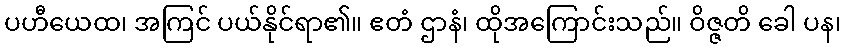
ပဟီယေထ၊ အကြင် ပယ်နိုင်ရာ၏။ ဧတံ ဌာနံ၊ ထိုအကြောင်းသည်။ ဝိဇ္ဇတိ ခေါ ပန၊